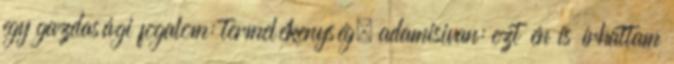
egy gazdasági fogalom: termelékenység. adamisivan: ezt én is írhattam